Mental hospitals Bombay report 1929-33 - 1929-1933
Year: 1929
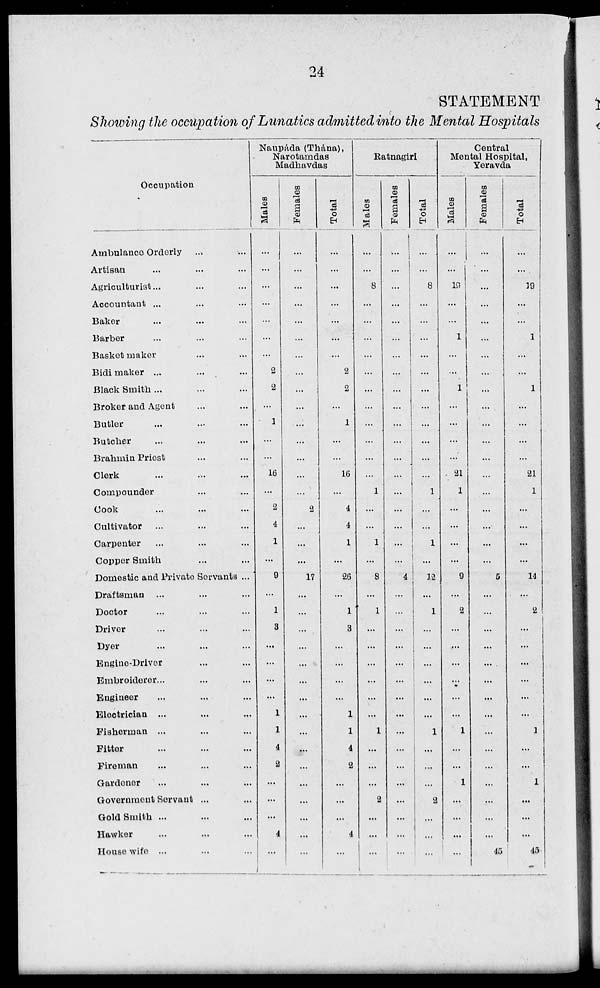
24
STATEMENT
Showing the occupation of Lunatics admitted into the Mental Hospitals
Occupation
Ambulance Orderly ... ...
Artisan ... ... ...
Agriculturist ... ... ...
Accountant ... ... ...
Baker ... ... ...
Barber ... ... ...
Basket maker ... ... ...
Bidi maker ... ... ...
Black Smith ... ... ...
Broker and Agent ... ...
Butler ... ... ...
Butcher ... ... ...
Brahmin Priest ... ...
Clerk ... ... ...
Compounder ... ... ...
Cook ... ... ...
Cultivator ... ... ...
Carpenter ... ... ...
Copper Smith ... ...
Domestic and Private Servants ...
Draftsman ... ... ...
Doctor ... ... ...
Driver ... ... ...
Dyer ... ... ...
Engine-Driver ... ... ...
Embroiderer ... ... ...
Engineer ... ... ...
Electrician ... ... ...
Fisherman ... ... ...
Fitter ... ... ...
Fireman ... ... ...
Gardener ... ... ...
Government Servant ... ...
GoldSmith ... ... ...
Hawker ... ... ...
House wife ... ... ...
Naupáda (Thána),
Narotamdas
Madhavdas
Males
...
...
...
...
...
...
...
2
2
...
1
...
...
16
...
2
4
1
...
9
...
1
3
...
...
...
...
1
1
4
2
...
...
...
4
...
Females
...
...
...
...
...
...
...
...
...
...
...
...
...
...
...
2
...
...
...
17
...
...
...
...
...
...
...
...
...
...
...
...
...
...
...
...
Total
...
...
...
...
...
...
...
2
2
...
1
...
...
16
...
4
4
1
...
26
...
1
3
...
...
...
...
1
1
4
2
...
...
...
4
...
Ratnagiri
Males
...
...
8
...
...
...
...
...
...
...
...
...
...
...
1
...
...
1
...
8
...
1
...
...
...
...
...
...
1
...
...
...
2
...
...
...
Females
...
...
...
...
...
...
...
...
...
...
...
...
...
...
...
...
...
...
...
4
...
...
...
...
...
...
...
...
...
...
...
...
...
...
...
...
Total
...
...
8
...
...
...
...
...
...
...
...
...
...
...
1
...
...
1
...
12
...
1
...
...
...
...
...
...
1
...
...
...
2
...
...
...
Central
Mental Hospital,
Yeravda
Males
...
...
19
...
...
1
...
...
1
...
...
...
...
21
1
...
...
...
...
9
...
2
...
...
...
...
...
...
1
...
...
1
...
...
...
...
Females
...
...
...
...
...
...
...
...
...
...
...
...
...
...
...
...
...
...
...
5
...
...
...
...
...
...
...
...
...
...
...
...
...
...
...
45
Total
...
...
19
...
...
1
...
...
1
...
...
...
...
21
1
...
...
...
...
14
...
2
...
...
...
...
...
...
1
...
...
1
...
...
...
45